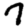
Digit: 7